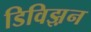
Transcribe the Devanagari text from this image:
डिविझ़न